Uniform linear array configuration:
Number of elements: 32
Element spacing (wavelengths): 0.25
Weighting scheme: exponential
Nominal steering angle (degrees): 60
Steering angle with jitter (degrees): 60.338
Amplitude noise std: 0.05
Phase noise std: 0.05

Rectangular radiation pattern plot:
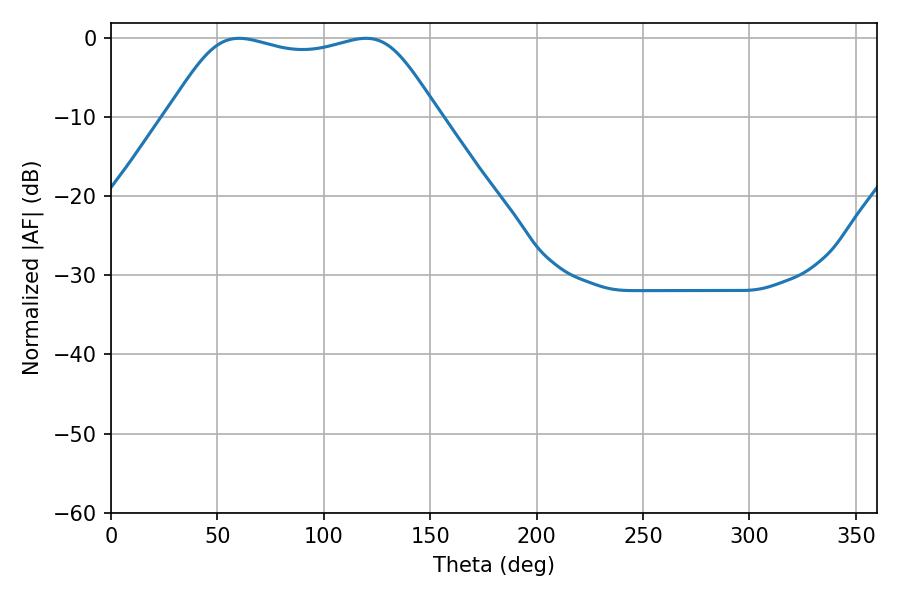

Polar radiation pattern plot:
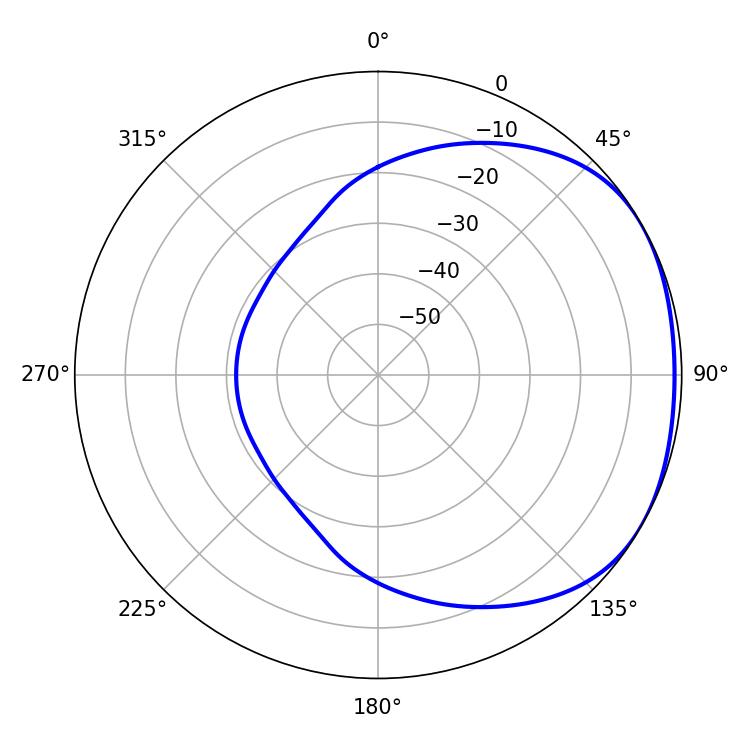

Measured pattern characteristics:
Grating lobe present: FALSE
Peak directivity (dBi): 1.713
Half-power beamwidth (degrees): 96.48
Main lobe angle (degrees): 60.12